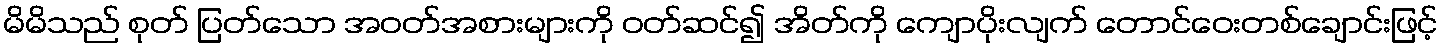
မိမိသည် စုတ် ပြတ်သော အဝတ်အစားများကို ဝတ်ဆင်၍ အိတ်ကို ကျောပိုးလျက် တောင်ဝေးတစ်ချောင်းဖြင့်